Vaccination report Assam 1874-1896 - 1874-1896
Year: 1874
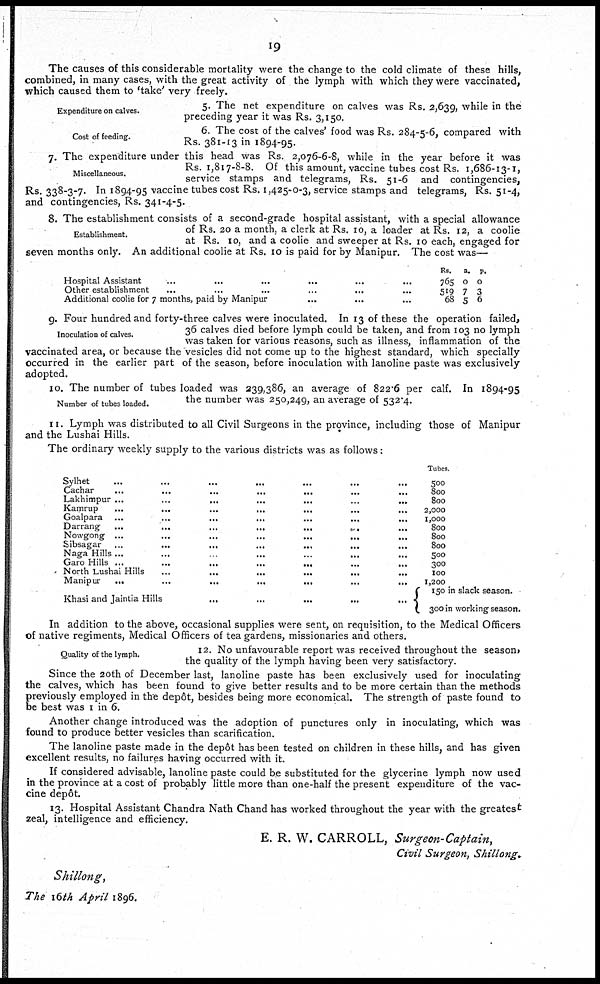
19
The causes of this considerable mortality were the change to the cold climate of these hills,
combined, in many cases, with the great activity of the lymph with which they were vaccinated,
which caused them to 'take' very freely.
Expenditure on calves.
5. The net expenditure on calves was Rs. 2,639, while in the
preceding year it was Rs. 3,150.
Cost of feeding.
6. The cost of the calves' food was Rs. 284-5-6, compared with
Rs. 381-13 in 1894-95.
Miscellaneous.
7. The expenditure under this head was Rs. 2,076-6-8, while in the year before it was
Rs. 1,817-8-8. Of this amount, vaccine tubes cost Rs. 1,686-13-1,
service stamps and telegrams, Rs. 51-6 and contingencies,
Rs. 338-3-7. In 1894-95 vaccine tubes cost Rs. 1,425-0-3, service stamps and telegrams, Rs. 51-4,
and contingencies, Rs. 341-4-5.
Establishment.
8. The establishment consists of a second-grade hospital assistant, with a special allowance
of Rs. 20 a month, a clerk at Rs. 10, a loader at Rs. 12, a coolie
at Rs. 10, and a coolie and sweeper at Rs. 10 each, engaged for
seven months only. An additional coolie at Rs. 10 is paid for by Manipur. The cost was—
Hospital Assistant
...
...
...
...
...
...
Other establishment ... ... ... ... ... ...
Additional coolie for 7 months, paid by Manipur
...
...
...
Rs.
765
519
68
a.
0
7
5
p.
0
3
6
Inoculation of calves.
9. Four hundred and forty-three calves were inoculated. In 13 of these the operation failed,
36 calves died before lymph could be taken, and from 103 no lymph
was taken for various reasons, such as illness, inflammation of the
vaccinated area, or because the vesicles did not come up to the highest standard, which specially
occurred in the earlier part of the season, before inoculation with lanoline paste was exclusively
adopted.
Number of tubes loaded.
10. The number of tubes loaded was 239,386, an average of 822.6 per calf. In 1894-95
the number was 250,249, an average of 532.4.
11. Lymph was distributed to all Civil Surgeons in the province, including those of Manipur
and the Lushai Hills.
The ordinary weekly supply to the various districts was as follows:
Sylhet ... ... ... ... ... ... ...
Cachar
...
...
...
... ... ... ...
Lakhimpur ...
...
... ... ... ... ...
Kamrup ... ... ... ... ... ... ...
Goalpara ... ... ... ... ... ... ...
Darrang
...
...
...
...
...
... ...
Nowgong ...
...
...
...
...
... ...
Sibsagar
...
...
...
...
...
... ...
Naga Hills ... ... ... ... ... ... ...
Garo Hills ...
...
...
...
...
...
...
North Lushai Hills
...
...
...
...
... ...
Manipur
...
...
...
...
... ... ...
Khasi and Jaintia Hills
...
...
...
...
...
Tubes.
500
800
800
2,000
1,000
800
800
800
500
300
100
1,200
150 in slack season.
300 in working season.
In addition to the above, occasional supplies were sent, on requisition, to the Medical Officers
of native regiments, Medical Officers of tea gardens, missionaries and others.
Quality of the lymph.
12. No unfavourable report was received throughout the season,
the quality of the lymph having been very satisfactory.
Since the 20th of December last, lanoline paste has been exclusively used for inoculating
the calves, which has been found to give better results and to be more certain than the methods
previously employed in the depôt, besides being more economical. The strength of paste found to
be best was 1 in 6.
Another change introduced was the adoption of punctures only in inoculating, which was
found to produce better vesicles than scarification.
The lanoline paste made in the depôt has been tested on children in these hills, and has given
excellent results, no failures having occurred with it.
If considered advisable, lanoline paste could be substituted for the glycerine lymph now used
in the province at a cost of probably little more than one-half the present expenditure of the vac-
cine depôt.
13. Hospital Assistant Chandra Nath Chand has worked throughout the year with the greatest
zeal, intelligence and efficiency.
E. R. W. CARROLL, Surgeon-Captain,
Civil Surgeon,
Shillong.
Shillong,
The 16th April 1896.